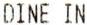
DINE IN